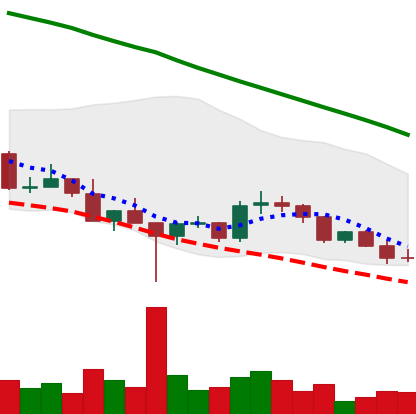
Ticker: DOGE-USD
Chart end date: 2022-03-08
Forward return: -4.632%
Label: down_3_5